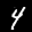
Label: 4